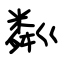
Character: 粼